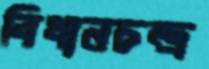
বিধানচন্দ্র